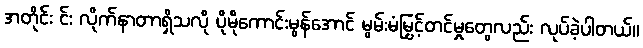
အတိုင်း င်း လိုက်နာတာရှိသလို ပိုမိုကောင်းမွန်အောင် မွမ်းမံမြှင့်တင်မှုတွေလည်း လုပ်ခဲ့ပါတယ်။